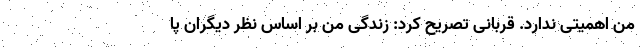
من اهمیتی ندارد. قربانی تصریح کرد: زندگی من بر اساس نظر دیگران پا